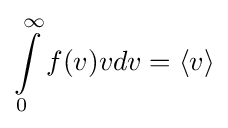
\int \limits _{0}^{\infty }f(v)vdv=\langle v\rangle